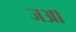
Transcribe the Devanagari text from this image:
जआ